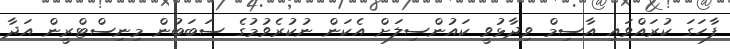
ފާހަގަ ކުރައްވައި އާސިމް ވިދާޅުވީ ކައުންސިލަށް އެކަން ނުކުރެވުމުގެ ސަބަބުން މިނިސްޓްރީން އަދާ